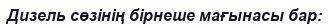
Дизель сөзінің бірнеше мағынасы бар: